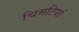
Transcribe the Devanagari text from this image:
चिमटियां